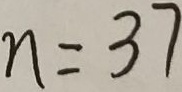
n = 3 7